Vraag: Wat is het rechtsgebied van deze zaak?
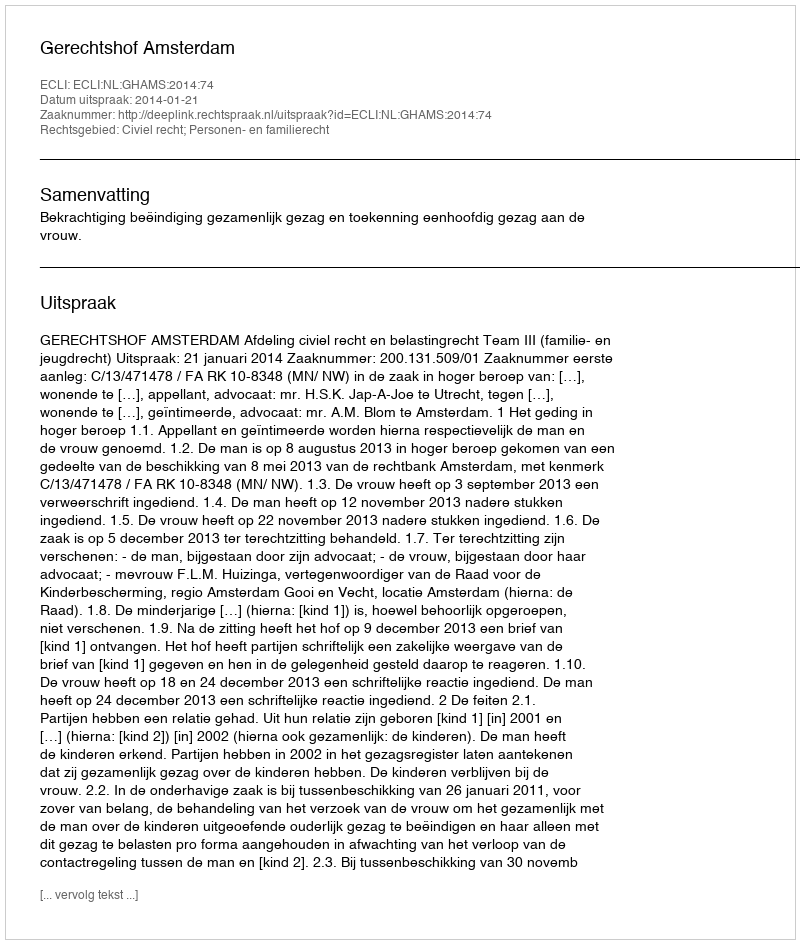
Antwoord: Civiel recht; Personen- en familierecht